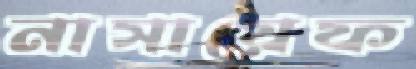
নাসায়েফ